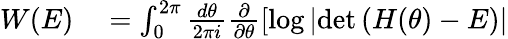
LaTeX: \begin{array}{rl}{W(E)}&{{}=\int_{0}^{2\pi}\frac{d\theta}{2\pi i}\frac{\partial}{\partial\theta}\left[\log\left|\operatorname*{det}\left(H(\theta)-E\right)\right|\right.}\end{array}